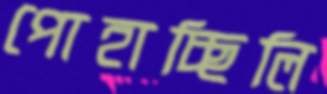
পোহাচ্ছিলি